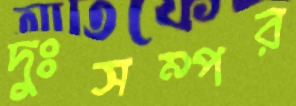
দুঃসম্পর